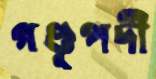
গণ্ডূপদী